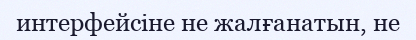
интерфейсіне не жалғанатын, не